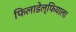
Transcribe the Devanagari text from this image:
फिलाडेल्फियाला